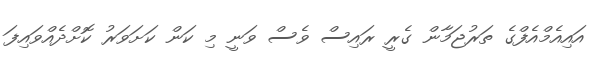
އައިއެމްއެފްގެ ތަރުޖަމާން ގެރީ ރައިސް ވެސް ވަނީ މި ކަން ކަށަވަރު ކޮށްދެއްވައިފަ